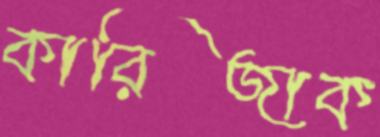
কারিজাক